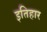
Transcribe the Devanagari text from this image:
इतिहार